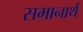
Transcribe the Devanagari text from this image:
समानार्थ